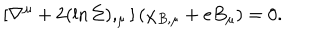
LaTeX: \left[ \nabla ^ { \mu } + 2 ( \ln \Sigma ) , _ { \mu } \right] ( \chi _ { B , \mu } + e B _ { \mu } ) = 0 .